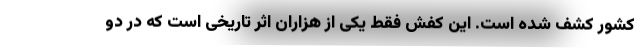
کشور کشف شده است. این کفش فقط یکی از هزاران اثر تاریخی است که در دو